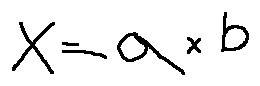
x = a \times b